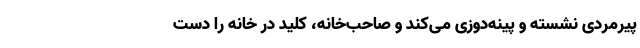
پیرمردی نشسته و پینه‌دوزی می‌کند و صاحب‌خانه، کلید در خانه را دست